Vaccination in Bombay 1869-1873 - 1869-1873
Year: 1869
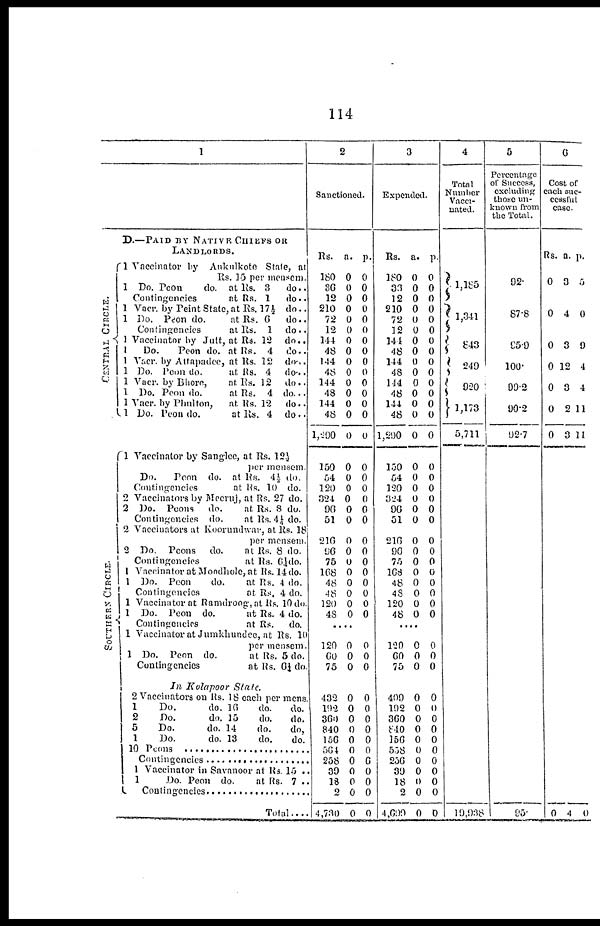
114
1
CENTRAL CIRCLE.
SOUTHERN CIRCLE.
D.—PAID BY NATIVE CHIEFS OR
LANDLORDS.
1 Vaccinator by Aukulkote State, at
Rs, 15 per mensem.
1 Do. Peon
do. at Rs. 3
do..
Contingencies
at Rs. 1
do..
1 Vacr. by Peint State, at Rs. 17 ½ do..
1 Do. Peon do.
at Rs. 6
do..
Contingencies
at Rs. 1
do..
1 Vaccinator by Jutt, at Rs. 12
do..
1
Do.
Peon do. at Rs. 4
do..
1 Vacr. by Attapadee, at Rs. 12 do ..
1 Do. Peon do.
at Rs. 4
do ..
1 Vacr. by Bhore,
at. Rs. 12
do..
1 Do. Peon do.
at Rs. 4 do...
1 Vacr. by Phulton,
at. Rs. 12
do..
1 Do. Peon do.
at Rs. 4 do ..
1 Vaccinator by Sanglee, at Rs. 12½
per mensem.
Do.
Peon do. at Rs. 4½ do.
Contingencies
at Rs. 10 do.
2 Vaccinators by Meeruj, at Rs. 27 do.
2 Do. Peons
do.
at. Rs. 8 do.
Contingencies do.
at Rs. 4½ do.
2 Vaccinators at Koorundwar, at Rs. 18
per mensem.
2 Do. Peons
do.
at Rs. 8 do.
Contingencies
at Rs. 6¼ do.
1 Vaccinator at Moodhole, at Rs. 14 do.
1 Do. Peon
do.
at Rs. 4 do.
Contingencies
at Rs. 4 do.
1 Vaccinator at Ramdroog,at Rs. 10 do.
1 Do. Peon do.
at Rs. 4 do.
Contingencies
at Rs.
do.
1 Vaccinator at Jumkhundee, at Rs. 10
per mensem.
1 Do. Peon do.
at Rs. 5 do.
Contingencies
at Rs. 6¼ do
In Kolapoor
State.
2 Vaccinators on Rs. 18 each per mens.
1
Do.
do. 16
do.
do.
2
Do.
do. 15
do.
do.
5
Do.
do. 14
do.
do,
1
Do.
do. 13
do.
do.
10
Peons........................
Contingencies ....................
1 Vaccinator in Savanoor at Rs. 15 ..
1
Do. Peon do.
at Rs. 7 ..
Contingencies ........................
Total....
2
Sanctioned.
Rs.
180
36
12
210
72
12
144
48
144
48
144
48
144
48
1,290
150
54
120
324
96
51
210
96
75
168
48
48
120
48
a.
0
0
0
0
0
0
0
0
0
0
0
0
0
0
0
0
0
0
0
0
0
0
0
0
0
0
0
0
0
p.
0
0
0
0
0
0
0
0
0
0
0
0
0
0
0
0
0
0
0
0
0
0
0
0
0
0
0
0
0
....
120
60
75
0
0
0
0
0
0
432
192
360
840
156
564
258
39
18
2
4,730
0
0
0
0
0
0
0
0
0
0
0
0
0
0
0
0
0
6
0
0
0
0
3
Expended.
Rs.
180
36
12
210
72
12
144
48
144
48
144
48
144
48
1,290
150
54
120
324
96
51
210
96
75
168
48
48
120
48
a.
0
0
0
0
0
0
0
0
0
0
0
0
0
0
0
0
0
0
0
0
0
0
0
0
0
0
0
0
0
p.
0
0
0
0
0
0
0
0
0
0
0
0
0
0
0
0
0
0
0
0
0
0
0
0
0
0
0
0
0
....
120
60
75
0
0
0
0
0
0
409
192
360
840
156
558
256
39
18
2
4,699
0
0
0
0
0
0
0
0
0
0
0
0
0
0
0
0
0
0
0
0
0
0
4
Total
Number
Vacci-
nated.
1, 185
1, 341
843
249
920
1,173
5,711
19,938
5
Percentage
of Success,
excluding
those un-
known from
the Total.
92.
87.8
95.9
100.
99.2
90.2
92.7
95.
6
Cost of
each suc-
cessful
case.
Rs.
0
0
0
0
0
0
0
a.
3
4
3
12
3
2
3
p.
5
0
9
4
4
11
11
0 4 0